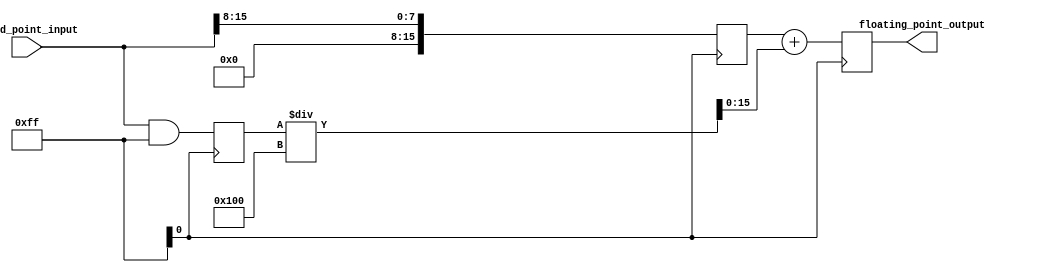
module fixed_point_converter (
    input signed [15:0] fixed_point_input,
    output reg [15:0] floating_point_output
);

// Parameters
parameter INTEGER_BITS = 8;
parameter FRACTIONAL_BITS = 8;

// Internal signals
reg signed [15:0] integer_part;
reg signed [15:0] fractional_part;
reg signed [15:0] floating_point_result;

// Arithmetic blocks
always @(posedge clk) begin
    integer_part <= fixed_point_input >> FRACTIONAL_BITS;
    fractional_part <= fixed_point_input & ((1 << FRACTIONAL_BITS) - 1);
    
    // Add rounding and overflow logic here
    
    floating_point_result <= integer_part + (fractional_part / (1 << FRACTIONAL_BITS));
end

// Output assignment
assign floating_point_output = floating_point_result;

endmodule